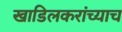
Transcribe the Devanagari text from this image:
खाडिलकरांच्याच